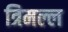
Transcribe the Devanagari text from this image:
त्रिमल्ल